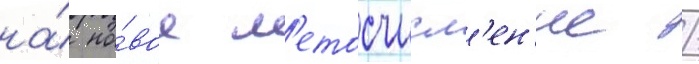
на́ но́вое л'етосчисл'ен'ие /